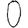
Digit: 0